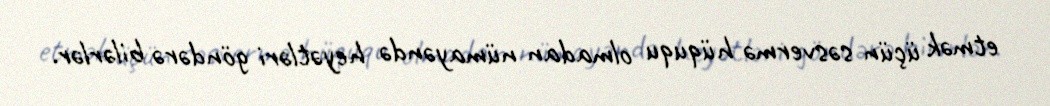
etmək üçün səsvermə hüququ olmadan nümayəndə heyətləri göndərə bilərlər.